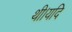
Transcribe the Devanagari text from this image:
थी।यदि